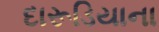
દારૂડિયાના